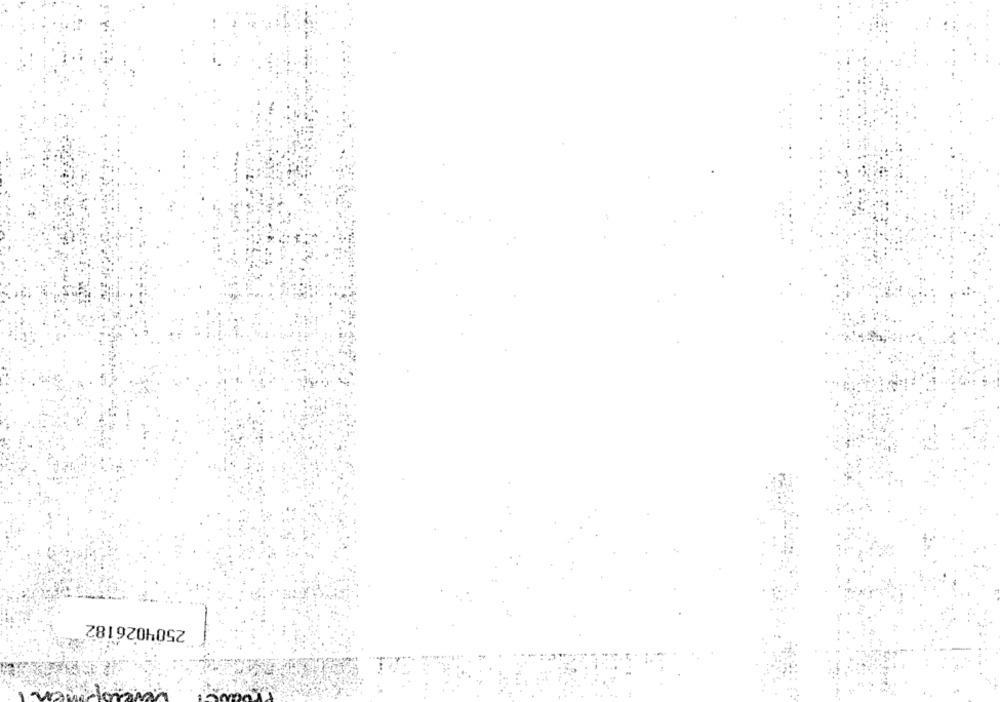
2504026182